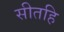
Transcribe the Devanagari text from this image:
सीतहि